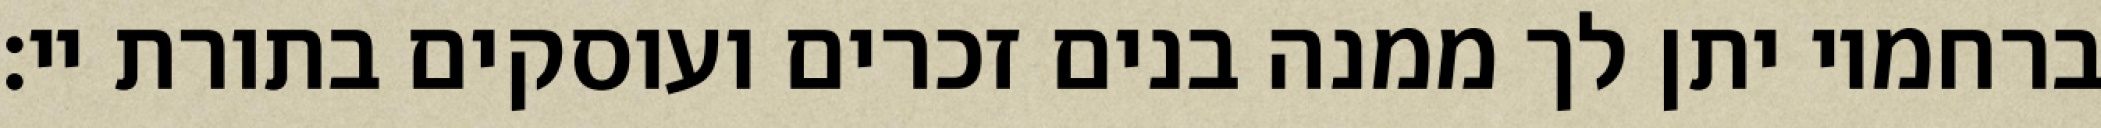
ברחמיו יתן לך ממנה בנים זכרים ועוסקים בתורת יי: